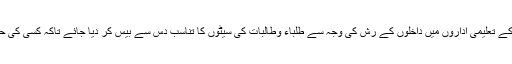
اس موقع پر سپیکر نے ہدایات جاری کیں کہ ایبٹ آباد کے تعلیمی اداروں میں داخلوں کے رش کی وجہ سے طلباء وطالبات کی سیٹوں کا تناسب دس سے بیس کر دیا جائے تاکہ کسی کی حق تلفی نہ ہو اور طلباء کا قیمتی وقت بھی ضائع نہ ہو ۔